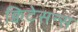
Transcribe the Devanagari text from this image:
क्विटेसन्स